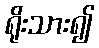
ရိုးသား၍